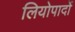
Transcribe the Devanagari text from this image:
लियोपार्दो